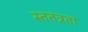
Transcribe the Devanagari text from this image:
स्ततंत्रता